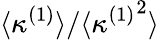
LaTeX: \langle\kappa^{(1)}\rangle/\langle{\kappa^{(1)}}^{2}\rangle